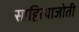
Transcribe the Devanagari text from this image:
साहित्याजोती